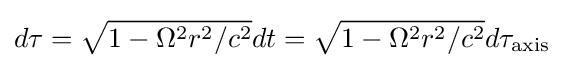
d\tau ={\sqrt {1-\Omega ^{2}r^{2}/c^{2}}}dt={\sqrt {1-\Omega ^{2}r^{2}/c^{2}}}d\tau _{\mathrm {axis} }